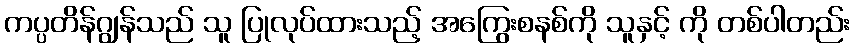
ကပ္ပတိန်ဂျွန်သည် သူ ပြုလုပ်ထားသည့် အကြွေးစနစ်ကို သူနှင့် ကို တစ်ပါတည်း